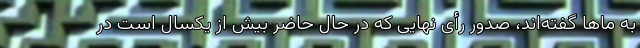
به ماها گفته‌اند، صدور رأی نهایی که در حال حاضر بیش از یکسال است در